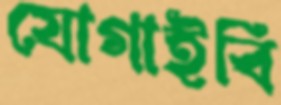
যোগাইবি